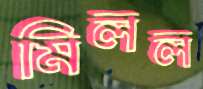
মিলল